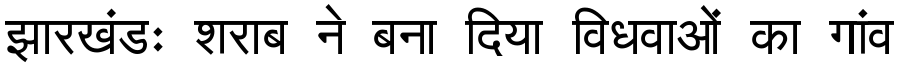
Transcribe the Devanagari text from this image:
झारखंडः शराब ने बना दिया विधवाओं का गांव